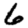
Digit: 6